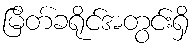
မြိတ်ခရိုင်အတွင်းရှိ